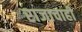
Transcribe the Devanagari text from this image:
राजाचाही